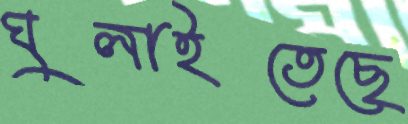
ঘুলাইতেছে